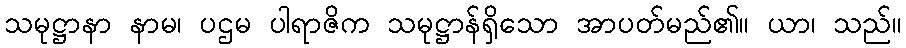
သမုဋ္ဌာနာ နာမ၊ ပဌမ ပါရာဇိက သမုဋ္ဌာန်ရှိသော အာပတ်မည်၏။ ယာ၊ သည်။